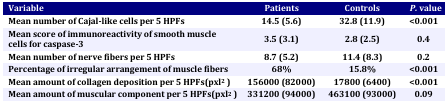
<table><thead><tr><td><b>Variable</b></td><td><b>Patients</b></td><td><b>Controls</b></td><td><b><i>P.</i> value</b></td></tr></thead><tbody><tr><td><b>Mean number of Cajal-like cells per 5 HPFs</b></td><td><b>14.5 (5.6)</b></td><td><b>32.8 (11.9)</b></td><td><b>&lt;0.001</b></td></tr><tr><td><b>Mean score of immunoreactivity of smooth muscle cells for caspase-3</b></td><td><b>3.5 (3.1)</b></td><td><b>2.8 (2.5)</b></td><td><b>0.4</b></td></tr><tr><td><b>Mean number of nerve fibers per 5 HPFs</b></td><td><b>8.7 (5.2)</b></td><td><b>11.4 (8.3)</b></td><td><b>0.2</b></td></tr><tr><td><b>Percentage of irregular arrangement of muscle fibers</b></td><td><b>68%</b></td><td><b>15.8%</b></td><td><b>&lt;0.001</b></td></tr><tr><td><b>Mean amount of collagen deposition per 5 HPFs(pxl</b><sup>2</sup><b> )</b></td><td><b>156000 (82000)</b></td><td><b>17800 (6400)</b></td><td><b>&lt;0.001</b></td></tr><tr><td><b>Mean amount of muscular component per 5 HPFs(pxl</b><sup>2</sup><b> )</b></td><td><b>331200 (94000)</b></td><td><b>463100 (93000)</b></td><td><b>0.09</b></td></tr></tbody></table>